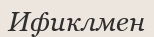
Ификлмен